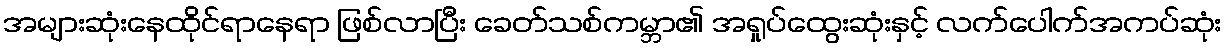
အများဆုံးနေထိုင်ရာနေရာ ဖြစ်လာပြီး ခေတ်သစ်ကမ္ဘာ၏ အရှုပ်ထွေးဆုံးနှင့် လက်ပေါက်အကပ်ဆုံး